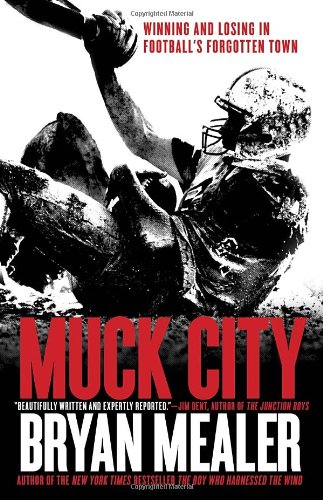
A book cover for Muck City: Winning and Losing in Football's Forgotten Town; Bryan Mealer; Sports & Outdoors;